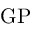
\operatorname { G P }